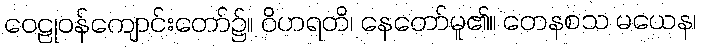
ဝေဠုဝန်ကျောင်းတော်၌။ ဝိဟရတိ၊ နေတော်မူ၏။ တေနစသ မယေန၊